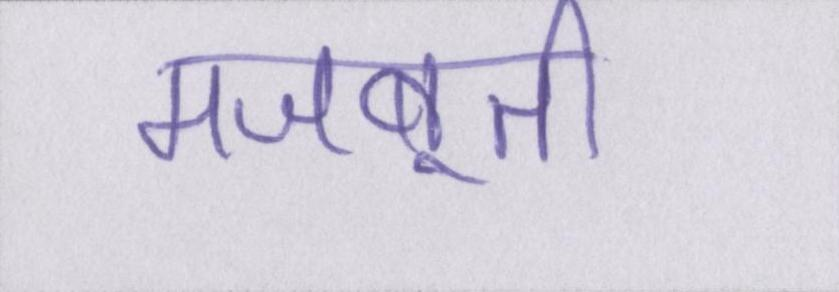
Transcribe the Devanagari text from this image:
मजबूती